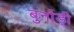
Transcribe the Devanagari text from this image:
बुर्नोड़ी